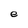
Character: e